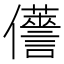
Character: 𠑏